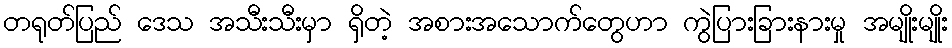
တရုတ်ပြည် ဒေသ အသီးသီးမှာ ရှိတဲ့ အစားအသောက်တွေဟာ ကွဲပြားခြားနားမှု အမျိုးမျိုး